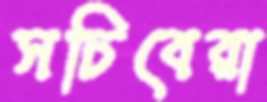
সচিবেরা